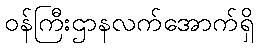
ဝန်ကြီးဌာနလက်အောက်ရှိ